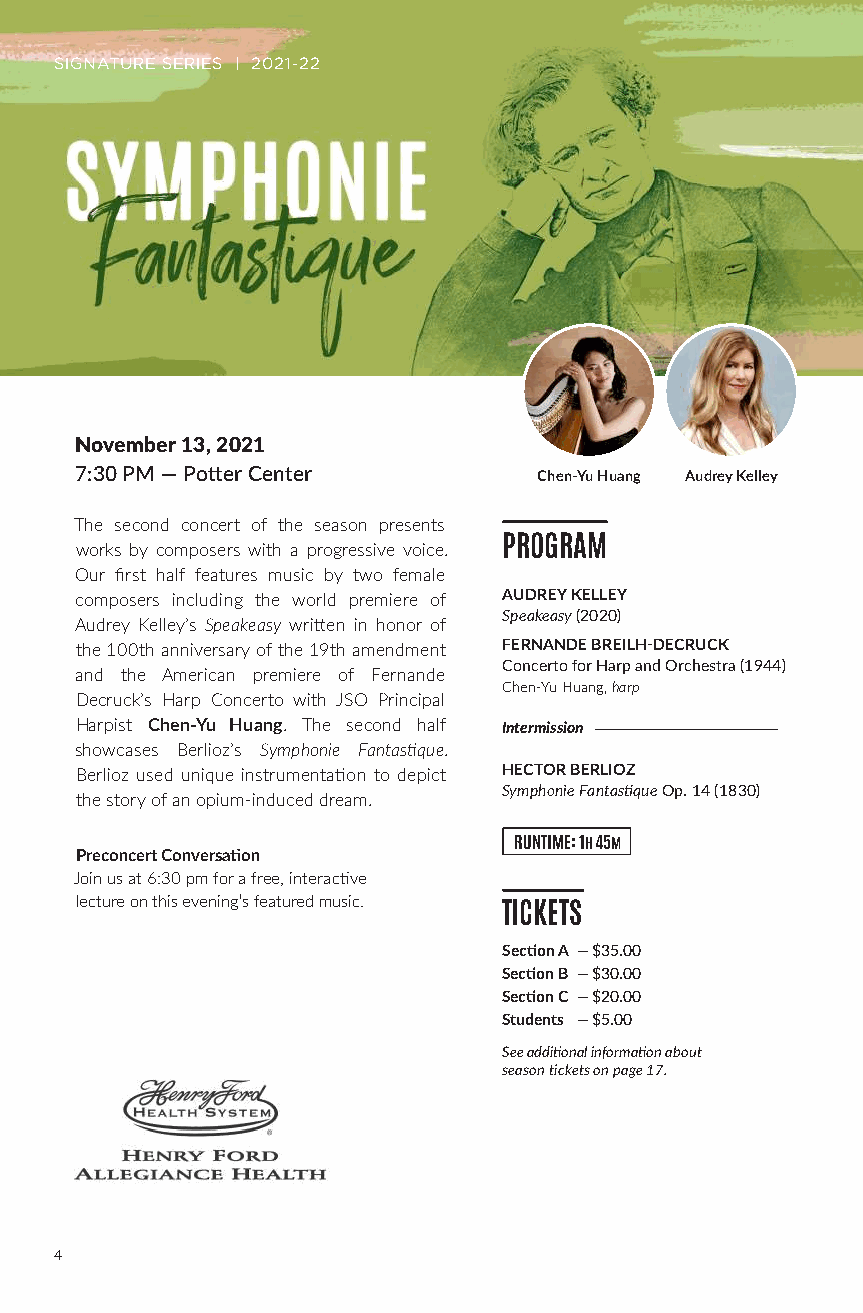
SIGNATURE SERIES | 2021-22
 November 13, 2021
 7:30 PM — Potter Center        Chen-Yu Huang Audrey Kelley
 The second concert of the season presents
 works by composers with a progressive voice. PROGRAM
 Our first half features music by two female
 composers including the world premiere of AUDREY KELLEY
 Speakeasy (2020)
 Audrey Kelley’s Speakeasy written in honor of
 the 100th anniversary of the 19th amendment FERNANDE BREILH-DECRUCK
 Concerto for Harp and Orchestra (1944)
 and the American premiere of Fernande
 Chen-Yu Huang, harp
 Decruck’s Harp Concerto with JSO Principal
 Harpist Chen-Yu Huang. The second half Intermission
 showcases Berlioz’s Symphonie Fantastique.
 Berlioz used unique instrumentation to depict HECTOR BERLIOZ
 Symphonie Fantastique Op. 14 (1830)
 the story of an opium-induced dream.
 RUNTIME: 1H 45M
 Preconcert Conversation
 Join us at 6:30 pm for a free, interactive
 lecture on this evening’s featured music.
 TICKETS
 Section A — $35.00
 Section B — $30.00
 Section C — $20.00
 Students — $5.00
 See additional information about
 season tickets on page 17.
 4